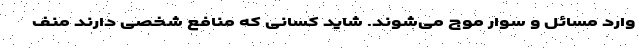
وارد مسائل و سوار موج می‌شوند. شاید کسانی که منافع شخصی دارند منف